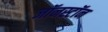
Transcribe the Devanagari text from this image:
जॉनस्टॉन